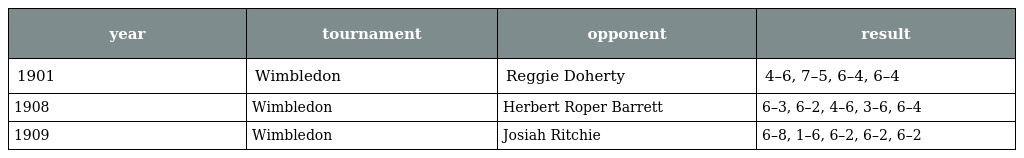
| year | tournament | opponent | result |
 | --- | --- | --- | --- |
 | 1901 | Wimbledon | Reggie Doherty | 4–6, 7–5, 6–4, 6–4 |
 | 1908 | Wimbledon | Herbert Roper Barrett | 6–3, 6–2, 4–6, 3–6, 6–4 |
 | 1909 | Wimbledon | Josiah Ritchie | 6–8, 1–6, 6–2, 6–2, 6–2 |